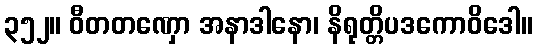
၃၅၂။ ဝီတတဏှော အနာဒါနော၊ နိရုတ္တိပဒကောဝိဒေါ။